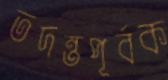
তদন্তপূর্বক